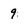
Character: 9